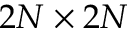
2 N \times 2 N